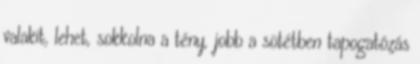
valakit, lehet, sokkolna a tény, jobb a sötétben tapogatózás